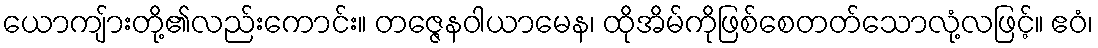
ယောကျ်ားတို့၏လည်းကောင်း။ တဇ္ဇေနဝါယာမေန၊ ထိုအိမ်ကိုဖြစ်စေတတ်သောလုံ့လဖြင့်။ ဧဝံ၊